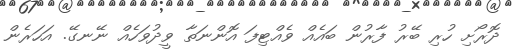
ދޮރޯށި ހުރި ބޭރު ފާރުން ބައެއް ވެއްޓިފަ އޮންނަތާ ވީދުވަހެއް ނޭނގޭ. އަހަރެން